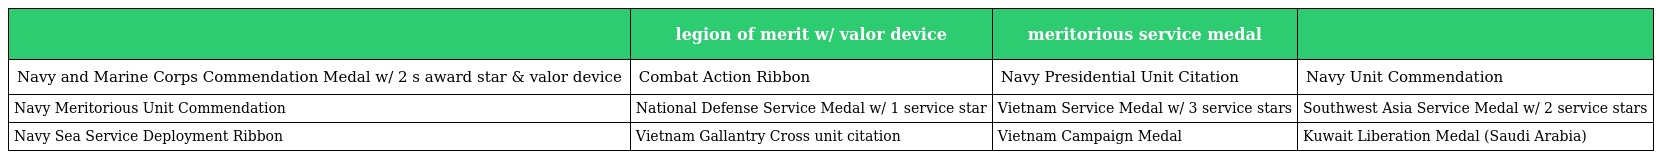
|  | legion of merit w/ valor device | meritorious service medal |  |
 | --- | --- | --- | --- |
 | Navy and Marine Corps Commendation Medal w/ 2 s award star & valor device | Combat Action Ribbon | Navy Presidential Unit Citation | Navy Unit Commendation |
 | Navy Meritorious Unit Commendation | National Defense Service Medal w/ 1 service star | Vietnam Service Medal w/ 3 service stars | Southwest Asia Service Medal w/ 2 service stars |
 | Navy Sea Service Deployment Ribbon | Vietnam Gallantry Cross unit citation | Vietnam Campaign Medal | Kuwait Liberation Medal (Saudi Arabia) |